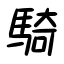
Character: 騎